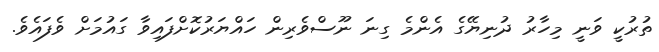
ތުރުކީ ވަނީ މިހާރު ދުނިޔޭގެ އެންމެ ގިނަ ނޫސްވެރިން ހައްޔަރުކޮށްފައިވާ ގައުމަށް ވެފައެވެ.